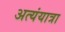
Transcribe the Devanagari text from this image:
अत्यंयात्रा